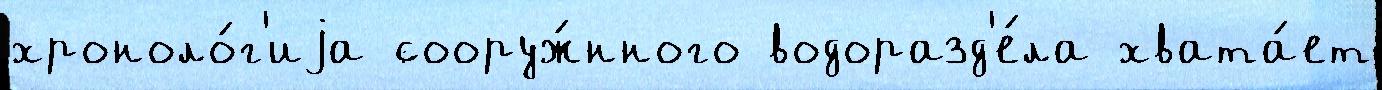
хроноло́г'иjа сооруж́нного водоразд'е́ла хвата́ет